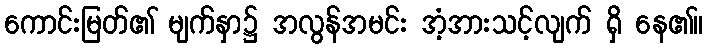
ကောင်းမြတ်၏ မျက်နှာ၌ အလွန်အမင်း အံ့အားသင့်လျက် ရှိ နေ၏။